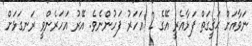
ނަވާއަށް ޙަޤީގަތް ފަޅާއެރީ އޭގެ 2 އަހަރު ފަހުންނެވެ. އޭރު އަހަރެންވީ ރަނގަޅަށް